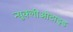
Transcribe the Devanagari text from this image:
न्युक्लीओटाइड